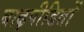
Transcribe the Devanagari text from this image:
बाढ़पीडितों